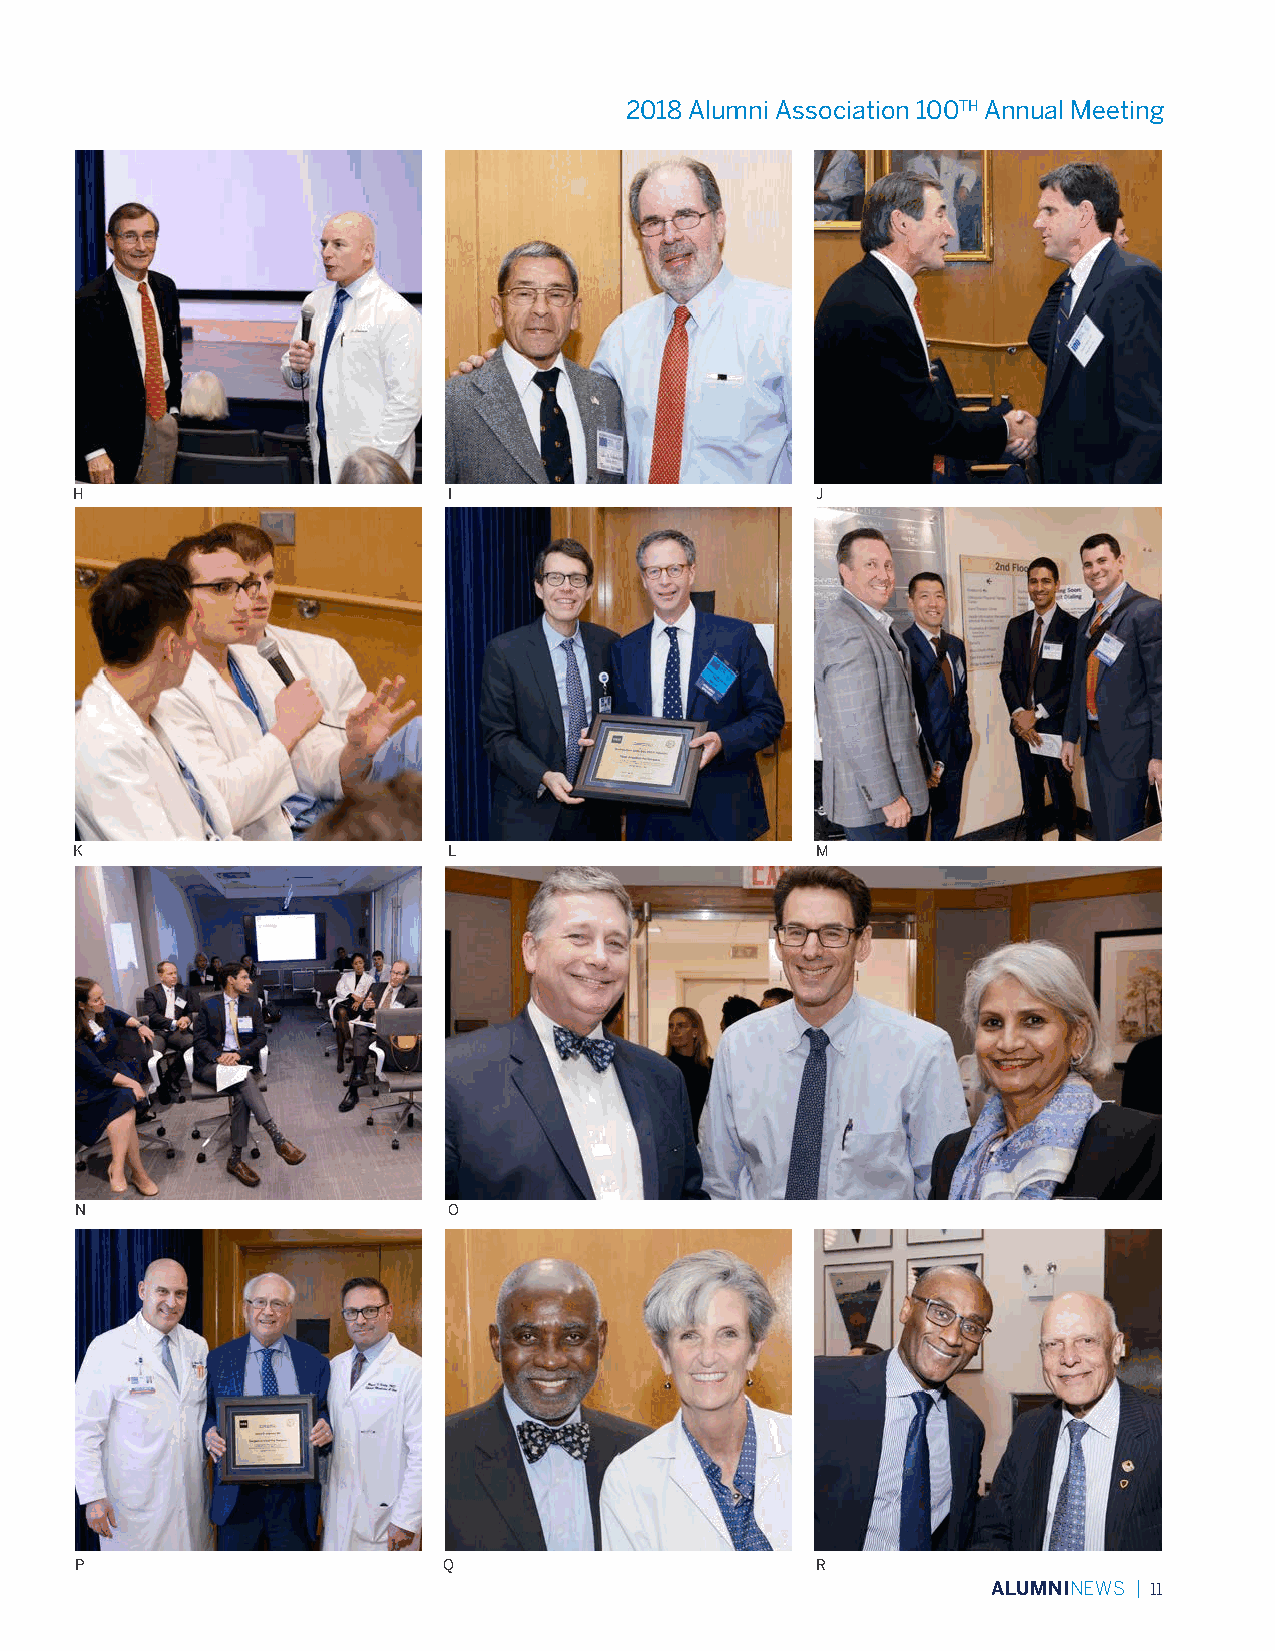
2018 Alumni Association 100TH Annual Meeting
 H                        I                       J
 K                        L                       M
 N                        O
 P                       Q                        R
 ALUMNINEWS | 11